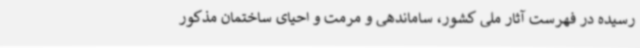
رسیده در فهرست آثار ملی کشور، ساماندهی و مرمت و احیای ساختمان مذکور